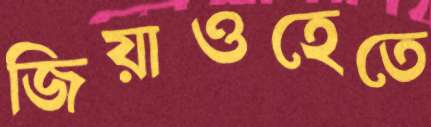
জিয়াওহেতে